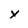
Character: y